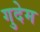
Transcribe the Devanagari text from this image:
गुदेम